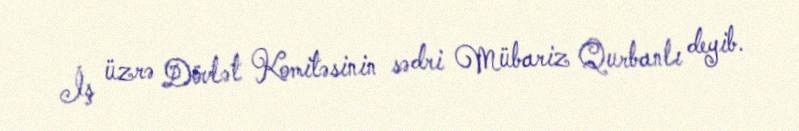
İş üzrə Dövlət Komitəsinin sədri Mübariz Qurbanlı deyib.